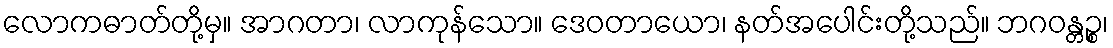
လောကဓာတ်တို့မှ။ အာဂတာ၊ လာကုန်သော။ ဒေဝတာယော၊ နတ်အပေါင်းတို့သည်။ ဘဂဝန္တဉ္စ၊